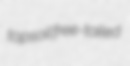
topsoil free-tailed